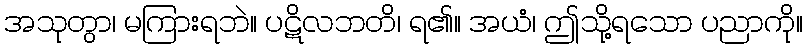
အသုတွာ၊ မကြားရဘဲ။ ပဋိလဘတိ၊ ရ၏။ အယံ၊ ဤသို့ရသော ပညာကို။